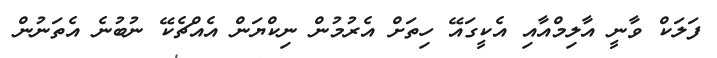
ފަލަކް ވާނީ އާލިމްއާއި އެކީގައޭ ހިތަށް އެރުމުން ނިކްޔަން އެއްޗެކޭ ނުބުނެ އެތަނުން